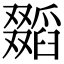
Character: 𠮐